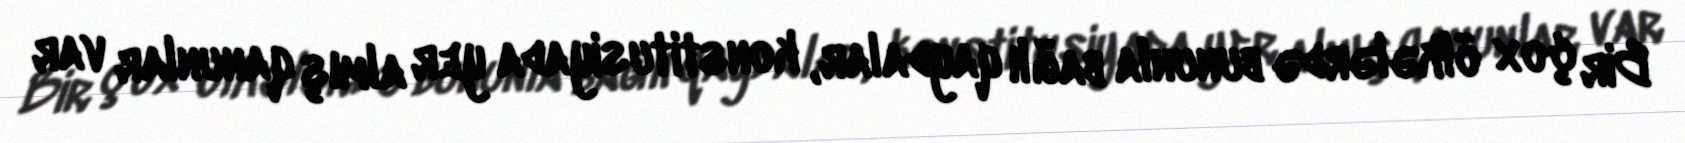
Bir çox ölkələrdə bununla bağlı qaydalar, konstitusiyada yer almış qanunlar var